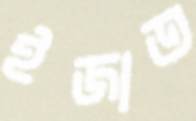
ইজাত